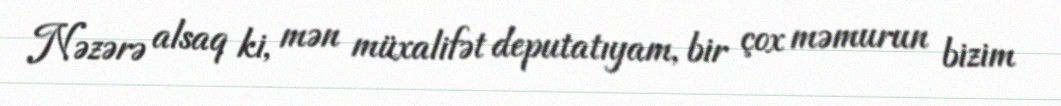
Nəzərə alsaq ki, mən müxalifət deputatıyam, bir çox məmurun bizim